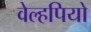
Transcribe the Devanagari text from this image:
वेल्हपियो